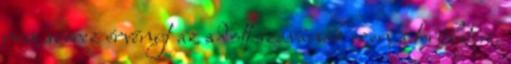
nem szerez érvényt az adott szavának ezen a területen.